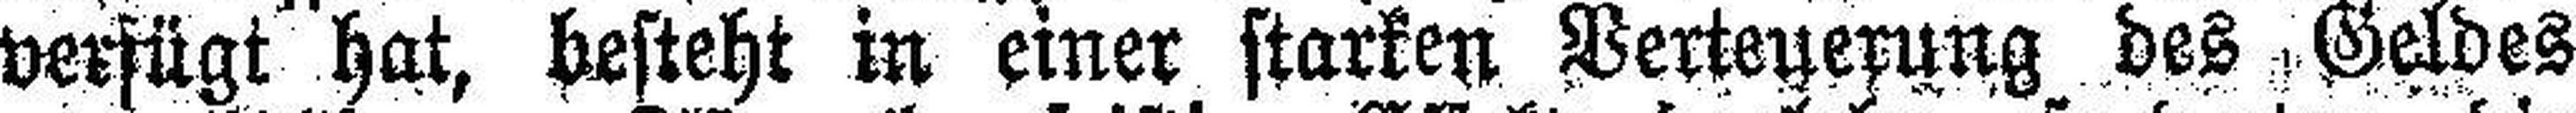
verfügt hat, besteht in einer starken Verteuerung des Geldes